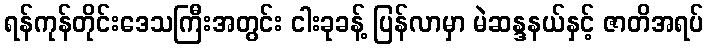
ရန်ကုန်တိုင်းဒေသကြီးအတွင်း ငါးခုခန့် ပြန်လာမှာ မဲဆန္ဒနယ်နှင့် ဇာတိအရပ်